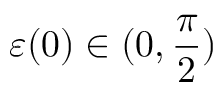
\varepsilon ( 0 ) \in ( 0 , \frac { \pi } { 2 } )